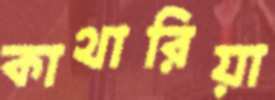
কাথারিয়া